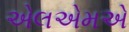
એલએમએ